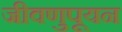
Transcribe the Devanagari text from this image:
जीवणुपूयन